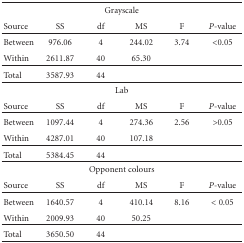
<table><thead><tr><td colspan="6"><b>Grayscale</b></td></tr><tr><td><b> Source</b></td><td><b> SS</b></td><td><b> df</b></td><td><b> MS</b></td><td><b> F</b></td><td><b><i>P</i>-value</b></td></tr></thead><tbody><tr><td> Between</td><td> 976.06</td><td> 4</td><td> 244.02</td><td> 3.74</td><td> &lt;0.05</td></tr><tr><td> Within</td><td> 2611.87</td><td> 40</td><td> 65.30</td><td></td><td></td></tr><tr><td> Total</td><td> 3587.93</td><td> 44</td><td></td><td></td><td></td></tr><tr><td colspan="6"> Lab</td></tr><tr><td> Source</td><td> SS</td><td> df</td><td> MS</td><td> F</td><td><i>P</i>-value</td></tr><tr><td> Between</td><td> 1097.44</td><td> 4</td><td> 274.36</td><td> 2.56</td><td> &gt;0.05</td></tr><tr><td> Within</td><td> 4287.01</td><td> 40</td><td> 107.18</td><td></td><td></td></tr><tr><td> Total</td><td> 5384.45</td><td> 44</td><td></td><td></td><td></td></tr><tr><td colspan="6"> Opponent colours</td></tr><tr><td> Source</td><td> SS</td><td> df</td><td> MS</td><td> F</td><td><i>P</i>-value</td></tr><tr><td> Between</td><td> 1640.57</td><td> 4</td><td> 410.14</td><td> 8.16</td><td>&lt;0.05</td></tr><tr><td> Within</td><td> 2009.93</td><td> 40</td><td> 50.25</td><td></td><td></td></tr><tr><td> Total</td><td> 3650.50</td><td> 44</td><td></td><td></td><td></td></tr></tbody></table>